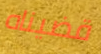
قضيناه